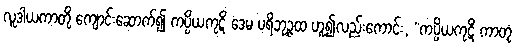
လူဒါယကာတို့ ကျောင်းဆောက်၍ ကပ္ပိယကုဋိံ ဒေမ ပရိဘုဉ္ဇထ ဟူ၍လည်းကောင်း, “ကပ္ပိယကုဋိံ ကာတုံ